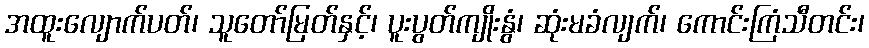
အထူးလျောက်ပတ်၊ သူတော်မြတ်နှင့်၊ ပူးပွတ်ကျိုးနွံ၊ ဆုံးမခံလျက်၊ ကောင်းကြံသီတင်း၊